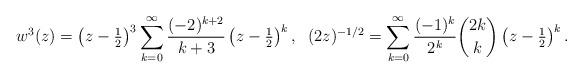
LaTeX: \begin{align*}w^3 (z) = \left(z -\tfrac{1}{2}\right)^3 \sum\limits_{k=0}^\infty\frac{(-2)^{k+2}}{k+3}\left(z-\tfrac{1}{2}\right)^k,\;\;(2z)^{ - 1/2}=\sum\limits_{k=0}^\infty \frac{(-1)^k}{2^k}\binom{2k}{k}\left(z-\tfrac{1}{2}\right)^k.\end{align*}